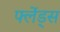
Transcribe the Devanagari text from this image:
फ्लेंड्स